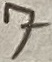
Text: 7